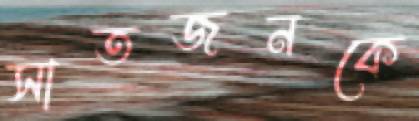
সাতজনকে